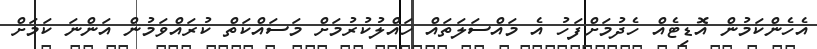
އެހެންކަމުން އޮޑިޓެއް ހެދުމަށްފަހު އެ މައްސަލަތައް ހައްލުކުރުމަށް މަސައްކަތް ކުރައްވަމުން އަންނަ ކަމަށް